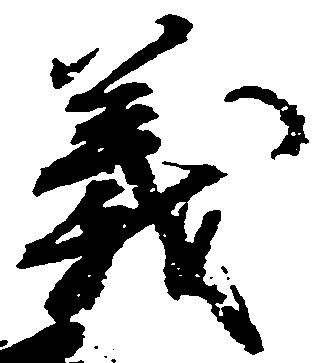
義